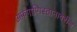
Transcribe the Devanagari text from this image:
अफगाणिस्तानावरील